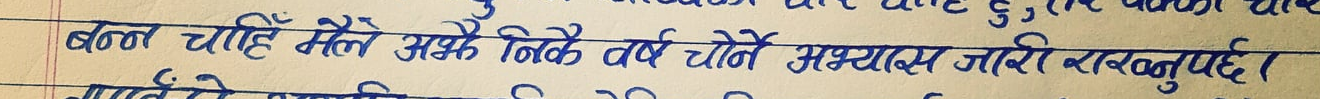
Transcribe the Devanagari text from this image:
बल्ल चाहिँ मैले अझै निकै वर्ष योनि अभ्यास जारी राख्नुपर्छ।